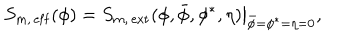
\left. S _ { m , \, \mathrm { e f f } } ( \phi ) = S _ { m , \, \mathrm { e x t } } ( \phi , \bar { \phi } , \phi ^ { * } , \eta ) \right| _ { \bar { \phi } = \phi ^ { * } = \eta = 0 } ,